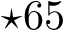
\star 6 5